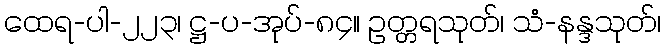
ထေရ-ပါ-၂၂၃၊ ဋ္ဌ-ပ-အုပ်-၈၄။ ဥတ္တရသုတ်၊ သံ-နန္ဒသုတ်၊